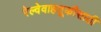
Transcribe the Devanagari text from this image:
रेल्वेवाहतूकीसाठी